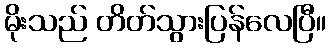
မိုးသည် တိတ်သွားပြန်လေပြီ။